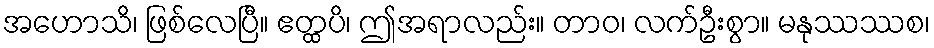
အဟောသိ၊ ဖြစ်လေပြီ။ ဧတ္ထပိ၊ ဤအရာလည်း။ တာဝ၊ လက်ဦးစွာ။ မနုဿဿစ၊